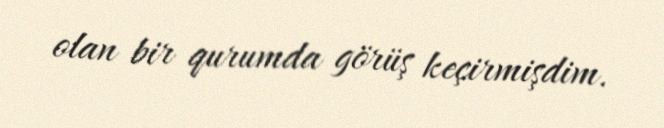
olan bir qurumda görüş keçirmişdim.